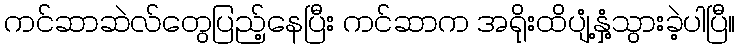
ကင်ဆာဆဲလ်တွေပြည့်နေပြီး ကင်ဆာက အရိုးထိပျံ့နှံ့သွားခဲ့ပါပြီ။